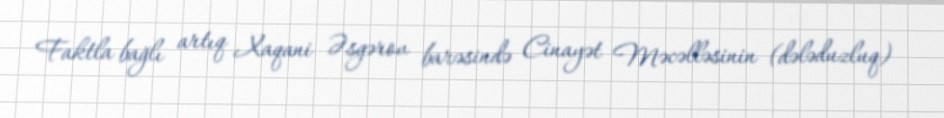
Faktla bağlı artıq Xaqani Əsgərov barəsində Cinayət Məcəlləsinin (dələduzluq)